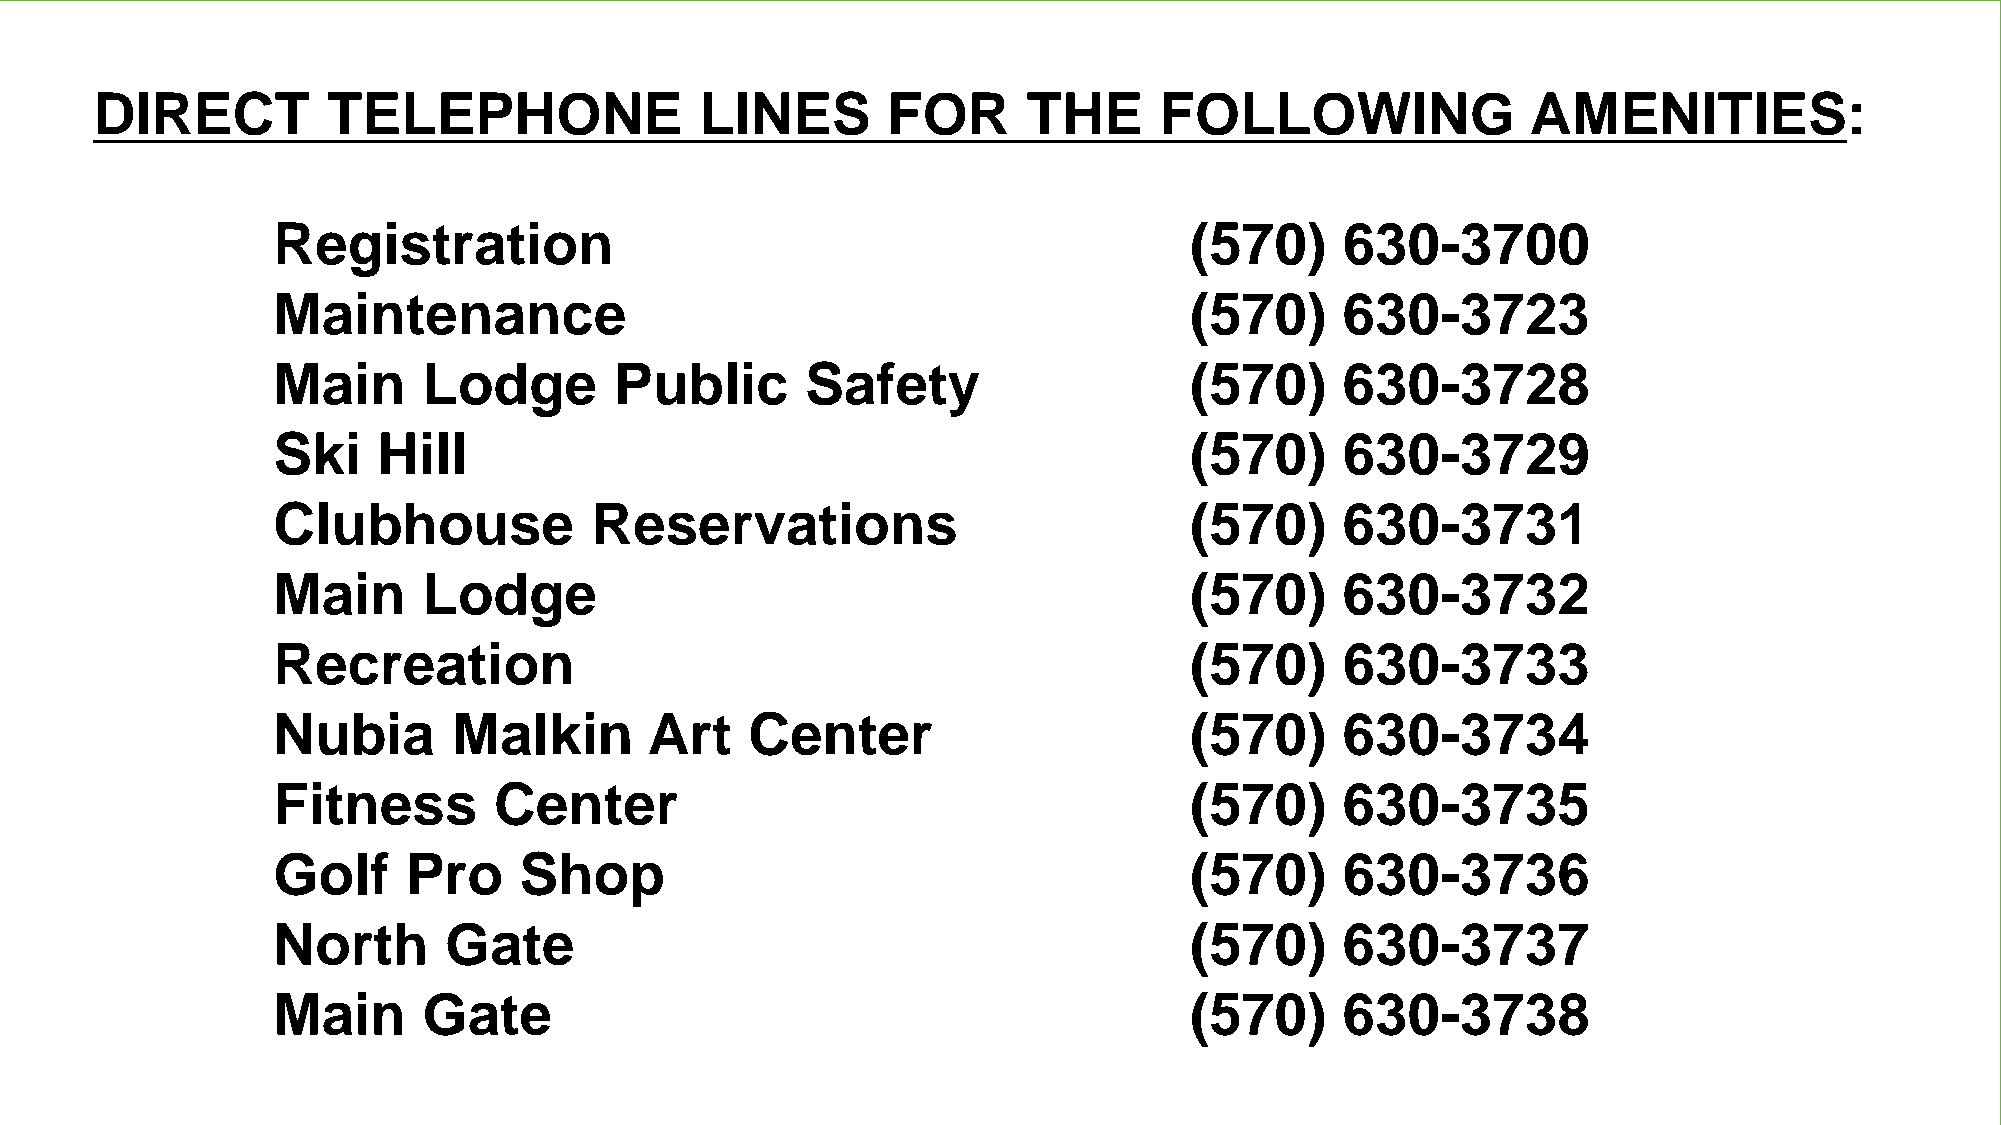
DIRECT          TELEPHONE               LINES        FOR      THE      FOLLOWING               AMENITIES:
 Registration                                                 (570)     630-3700
 Maintenance                                                  (570)     630-3723
 Main      Lodge        Public      Safety                    (570)     630-3728
 Ski    Hill                                                  (570)     630-3729
 Clubhouse            Reservations                            (570)     630-3731
 Main      Lodge                                              (570)     630-3732
 Recreation                                                   (570)     630-3733
 Nubia       Malkin       Art    Center                       (570)     630-3734
 Fitness        Center                                        (570)     630-3735
 Golf     Pro    Shop                                         (570)     630-3736
 North      Gate                                              (570)     630-3737
 Main      Gate                                               (570)     630-3738